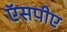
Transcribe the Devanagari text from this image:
ऍसपीए